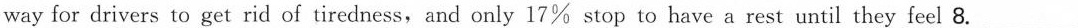
way for drivers to get rid of tiredness,and only 17% stop to have a rest until they feel 8. ___